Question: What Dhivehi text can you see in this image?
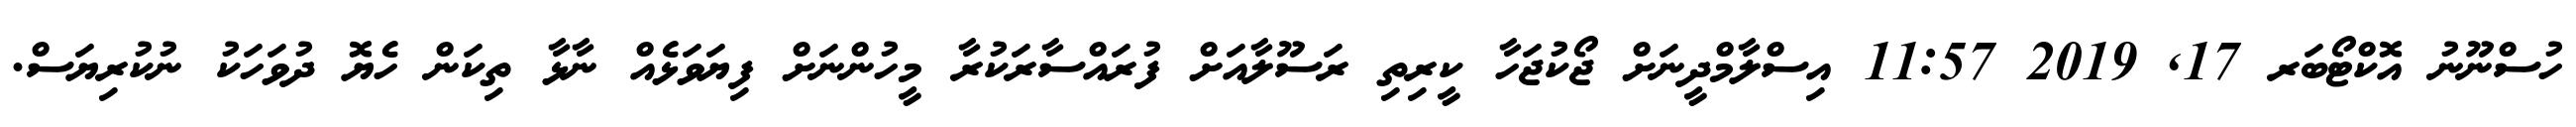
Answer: ހުސްނޫނު އޮކްޓޯބަރ 17, 2019 11:57 އިސްލާމްދީނަށް ޖޯކުޖަހާ ކީރިތި ރަސޫލާއަށް ފުރައްސާރަކުރާ މީހުންނަށް ފިޔަވަޅެއް ނާޅާ ތިކަން ހެޔޮ ދުވަހަކު ނުކުރިޔަސް.